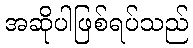
အဆိုပါဖြစ်ရပ်သည်